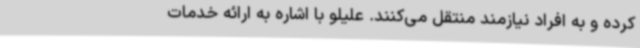
کرده و به افراد نیازمند منتقل می‌کنند. علیلو با اشاره به ارائه خدمات